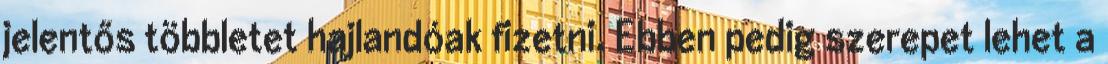
jelentős többletet hajlandóak fizetni. Ebben pedig szerepet lehet a